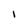
Character: I